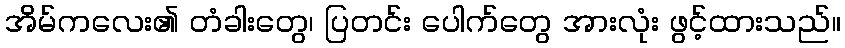
အိမ်ကလေး၏ တံခါးတွေ၊ ပြတင်း ပေါက်တွေ အားလုံး ဖွင့်ထားသည်။